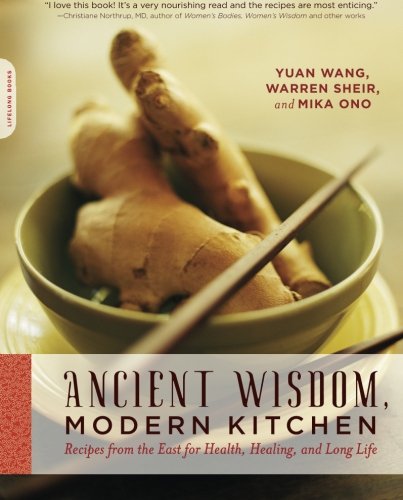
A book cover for Ancient Wisdom, Modern Kitchen: Recipes from the East for Health, Healing, and Long Life; Yuan Wang; Health, Fitness & Dieting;